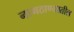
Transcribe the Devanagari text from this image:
नागठाण्यातील